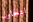
لتحاول